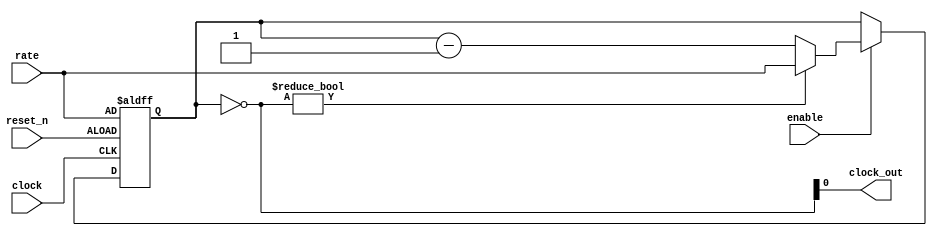
module rate_divider (input clock , input enable, input reset_n, input [2:0] rate, output reg clock_out);
	
	reg [2:0] counter;

	always @(posedge clock, negedge reset_n) begin
		if (~reset_n) begin 
			counter <= rate;
		end
		else if (enable) begin
			if (~counter) begin // counter = 0
				counter <= rate;
			end
			else begin 
				counter <= counter - 1;
			end
		end
	end
	
	assign clock_out = ~counter;
endmodule